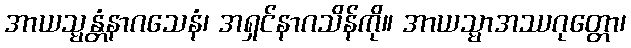
အာယသ္မန္တံနာဂသေနံ၊ အရှင်နာဂသိန်ကို။ အာယသ္မာအဿဂုတ္တော၊